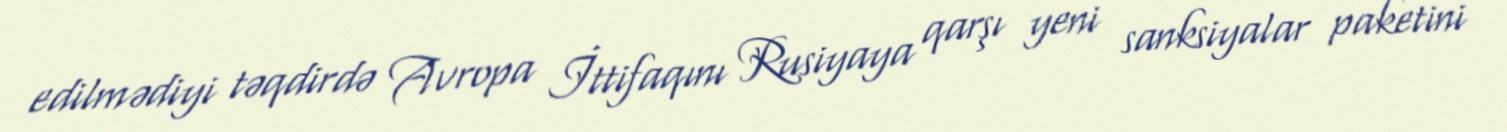
edilmədiyi təqdirdə Avropa İttifaqını Rusiyaya qarşı yeni sanksiyalar paketini